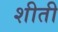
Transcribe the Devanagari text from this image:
शीती